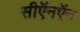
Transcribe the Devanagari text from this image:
सीऍनऍन